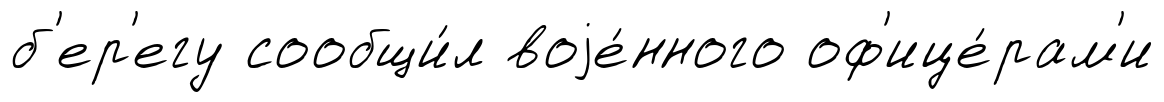
б'ер'егу сообщи́л воjе́нного оф'ице́рам'и